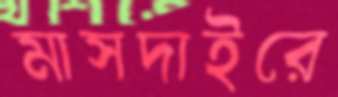
মাসদাইরে